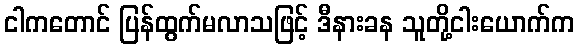
ငါကတောင် ပြန်ထွက်မလာသဖြင့် ဒီနားခန သူတို့ငါးယောက်က